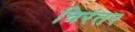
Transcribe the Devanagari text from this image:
चिरंतर